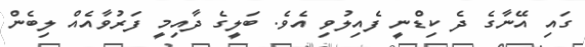
ގައި އޭނާގެ ދެ ކިޑްނީ ފެއިލުވި އެވެ. ބަލީގެ ދާއިމީ ފަރުވާއެއް ލިބެން